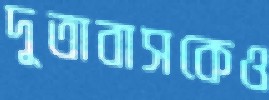
দূতাবাসকেও